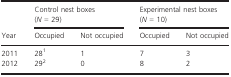
<table><thead><tr><td></td><td><b>Control nest boxes (<i>N</i> = 29)</b></td><td></td><td><b>Experimental nest boxes (<i>N</i> = 10)</b></td><td></td></tr><tr><td><b>Year</b></td><td><b>Occupied</b></td><td><b>Not occupied</b></td><td><b>Occupied</b></td><td><b>Not occupied</b></td></tr></thead><tbody><tr><td>2011</td><td>281</td><td>1</td><td>7</td><td>3</td></tr><tr><td>2012</td><td>292</td><td>0</td><td>8</td><td>2</td></tr></tbody></table>